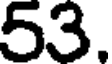
53.